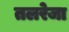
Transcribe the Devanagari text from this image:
तलरेजा